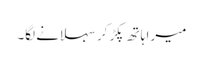
میرا ہاتھ پکڑ کر سہلانے لگا۔